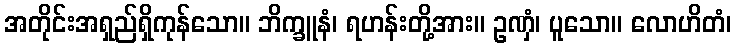
အတိုင်းအရှည်ရှိကုန်သော။ ဘိက္ခူနံ၊ ရဟန်းတို့အား။ ဥဏှံ၊ ပူသော။ လောဟိတံ၊